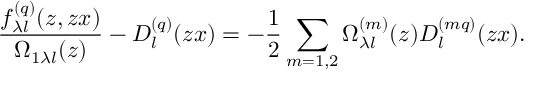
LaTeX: \frac { f _ { \lambda l } ^ { ( q ) } ( z , z x ) } { \Omega _ { 1 \lambda l } ( z ) } - D _ { l } ^ { ( q ) } ( z x ) = - \frac { 1 } { 2 } \sum _ { m = 1 , 2 } \Omega _ { \lambda l } ^ { ( m ) } ( z ) D _ { l } ^ { ( m q ) } ( z x ) .